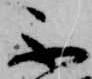
不